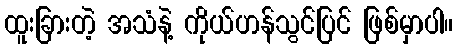
ထူးခြားတဲ့ အသံနဲ့ ကိုယ်ဟန်သွင်ပြင် ဖြစ်မှာပါ။